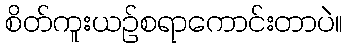
စိတ်ကူးယဉ်စရာကောင်းတာပဲ။